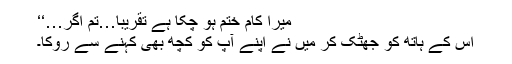
میرا کام ختم ہو چکا ہے تقریبا…تم اگر…‘‘
اس کے ہاتھ کو جھٹک کر میں نے اپنے آپ کو کچھ بھی کہنے سے روکا۔